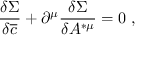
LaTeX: \frac { \delta \Sigma } { \delta \overline { { { c } } } } + \partial ^ { \mu } \frac { \delta \Sigma } { \delta A ^ { * \mu } } = 0 \; ,